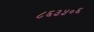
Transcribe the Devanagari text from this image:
८६३५०६